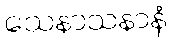
သေနာသနာနံ